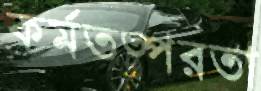
কর্মতত্পরতা